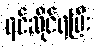
ရင်ဆိုင်ရပြီး